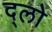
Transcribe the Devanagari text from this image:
द्लो